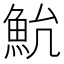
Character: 𱆨